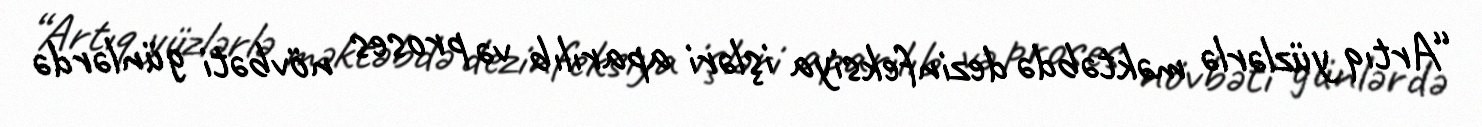
“Artıq yüzlərlə məktəbdə dezinfeksiya işləri aparılıb və proses növbəti günlərdə